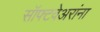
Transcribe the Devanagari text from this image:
सॉफ्टवेअरांना